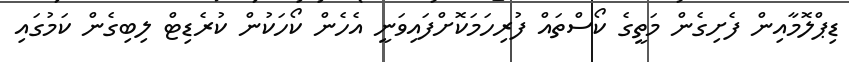
ޑިޕްލޮމާއިން ފެށިގެން މަތީގެ ކޯސްތައް ފުރިހަމަކޮށްފައިވަނީ އެހެން ކޯހަކުން ކުރެޑިޓް ލިބިގެން ކަމުގައި